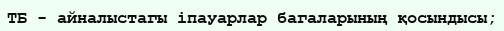
ТБ - айналыстагы іпауарлар багаларының қосындысы;